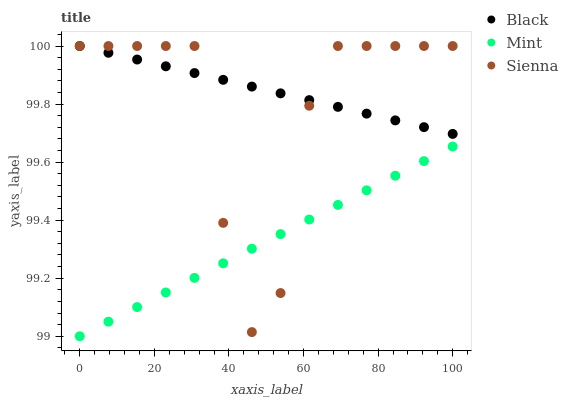
| xaxis_label | Black | Mint | Sienna |
 | --- | --- | --- | --- |
 | 0 | 100 | 99 | 100 |
 | 7.69 | 100 | 99.1 | 100 |
 | 15.4 | 100 | 99.1 | 100 |
 | 23.1 | 99.9 | 99.2 | 100 |
 | 30.8 | 99.9 | 99.2 | 100 |
 | 38.5 | 99.9 | 99.3 | 99.4 |
 | 46.2 | 99.9 | 99.3 | 99 |
 | 53.8 | 99.8 | 99.4 | 99.1 |
 | 61.5 | 99.8 | 99.4 | 99.8 |
 | 69.2 | 99.8 | 99.5 | 100 |
 | 76.9 | 99.8 | 99.5 | 100 |
 | 84.6 | 99.7 | 99.6 | 100 |
 | 92.3 | 99.7 | 99.6 | 100 |
 | 100 | 99.7 | 99.7 | 100 |